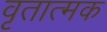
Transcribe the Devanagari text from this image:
वृतात्मक